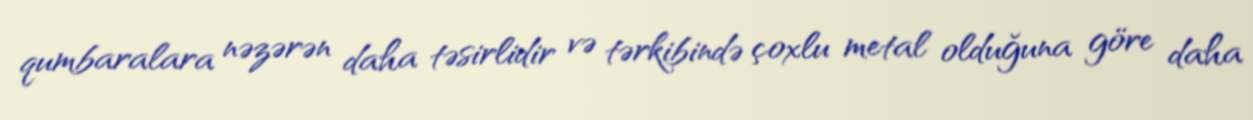
qumbaralara nəzərən daha təsirlidir və tərkibində çoxlu metal olduğuna göre daha